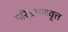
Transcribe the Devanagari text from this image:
परिभ्रमणवृत्त